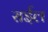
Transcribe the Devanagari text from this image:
सईल